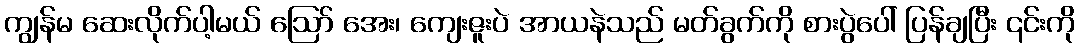
ကျွန်မ ဆေးလိုက်ပါ့မယ် ဪ အေး၊ ကျေးဇူးပဲ အာယနဲသည် မတ်ခွက်ကို စားပွဲပေါ် ပြန်ချပြီး ၎င်းကို